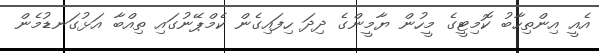
އެއީ އިންތިހާބު ކޮމިޓީގެ މީހުން ޔާމީންގެ ދިދަ ހިފައިގެން ކެމްޕޭނުގައި ތިއްބާ އަޅުގަނޑުމެން